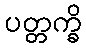
ပတ္တက္ခိ